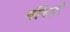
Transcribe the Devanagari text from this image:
गींदड़ी